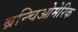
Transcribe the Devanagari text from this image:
ब्रन्चिओमेरिक